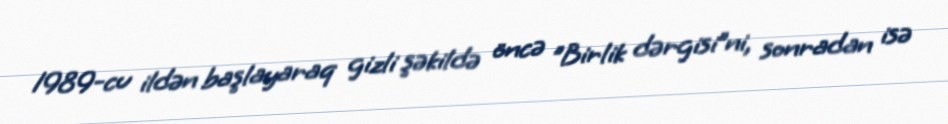
1989-cu ildən başlayaraq gizli şəkildə öncə "Birlik dərgisi”ni, sonradan isə